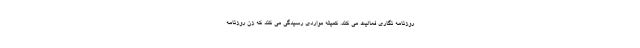
روزنامه نگاری فعالیت می کند. کمیته مواردی رسیدگی می کند که زن روزنامه